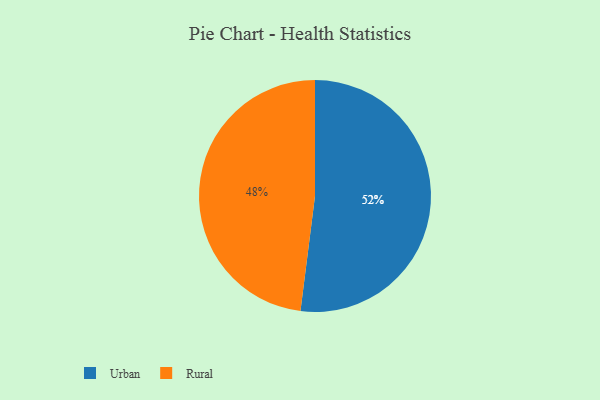
{"axis": {"x": "Category", "y": "Percentage"}, "legend": ["Rural", "Urban"], "data": [{"x": "Urban", "y": 52, "type": "Urban"}, {"x": "Rural", "y": 48, "type": "Rural"}]}